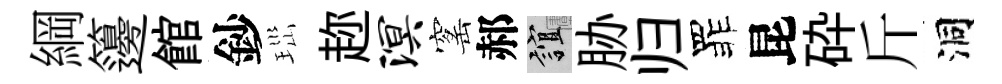
綱籩館鈔𤤼趂溟窰郝誼胁归罪昆砕斤洞